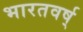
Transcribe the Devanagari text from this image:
भारतवर्ष्